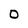
Character: 0